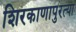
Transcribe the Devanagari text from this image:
शिरकाणापुरत्या